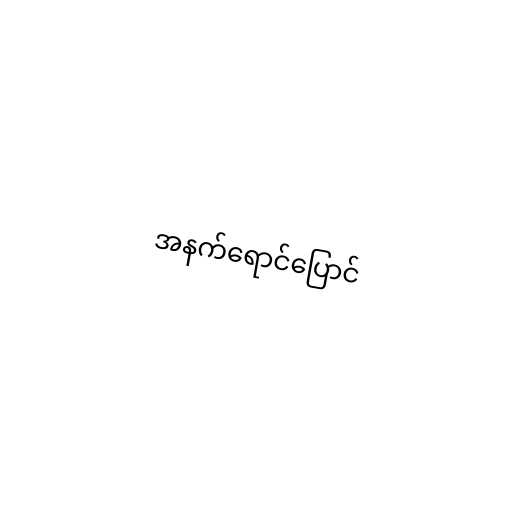
အနက်ရောင်ပြောင်